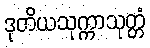
ဒုတိယသုက္ကာသုတ္တံ